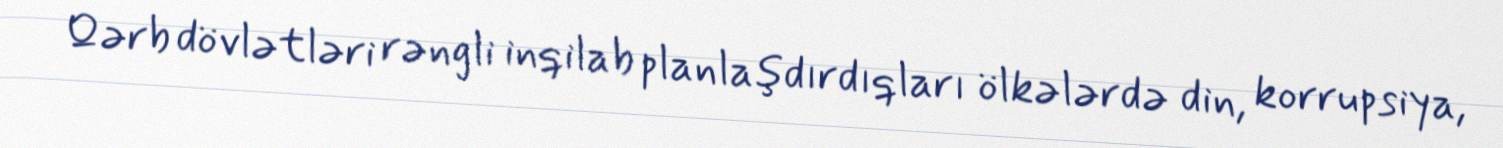
Qərb dövlətləri rəngli inqilab planlaşdırdıqları ölkələrdə din, korrupsiya,